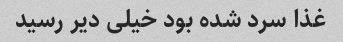
غذا سرد شده بود خیلی دیر رسید